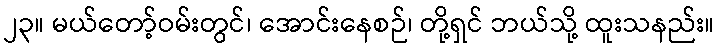
၂၃။ မယ်တော့်ဝမ်းတွင်၊ အောင်းနေစဉ်၊ တို့ရှင် ဘယ်သို့ ထူးသနည်း။